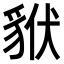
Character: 𧳂